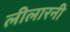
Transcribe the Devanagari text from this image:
लीलारनी